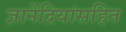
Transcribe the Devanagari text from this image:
ज्ञानेंद्रियांसहित